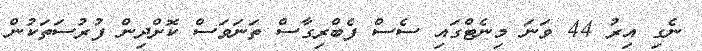
ނެގި އިރު 44 ވަނަ މިނެޓްގައި ސެސް ފެބްރިގާސް ތަނަވަސް ކޮށްދިން ފުރުސަތަކުން